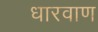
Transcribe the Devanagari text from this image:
धारवाण